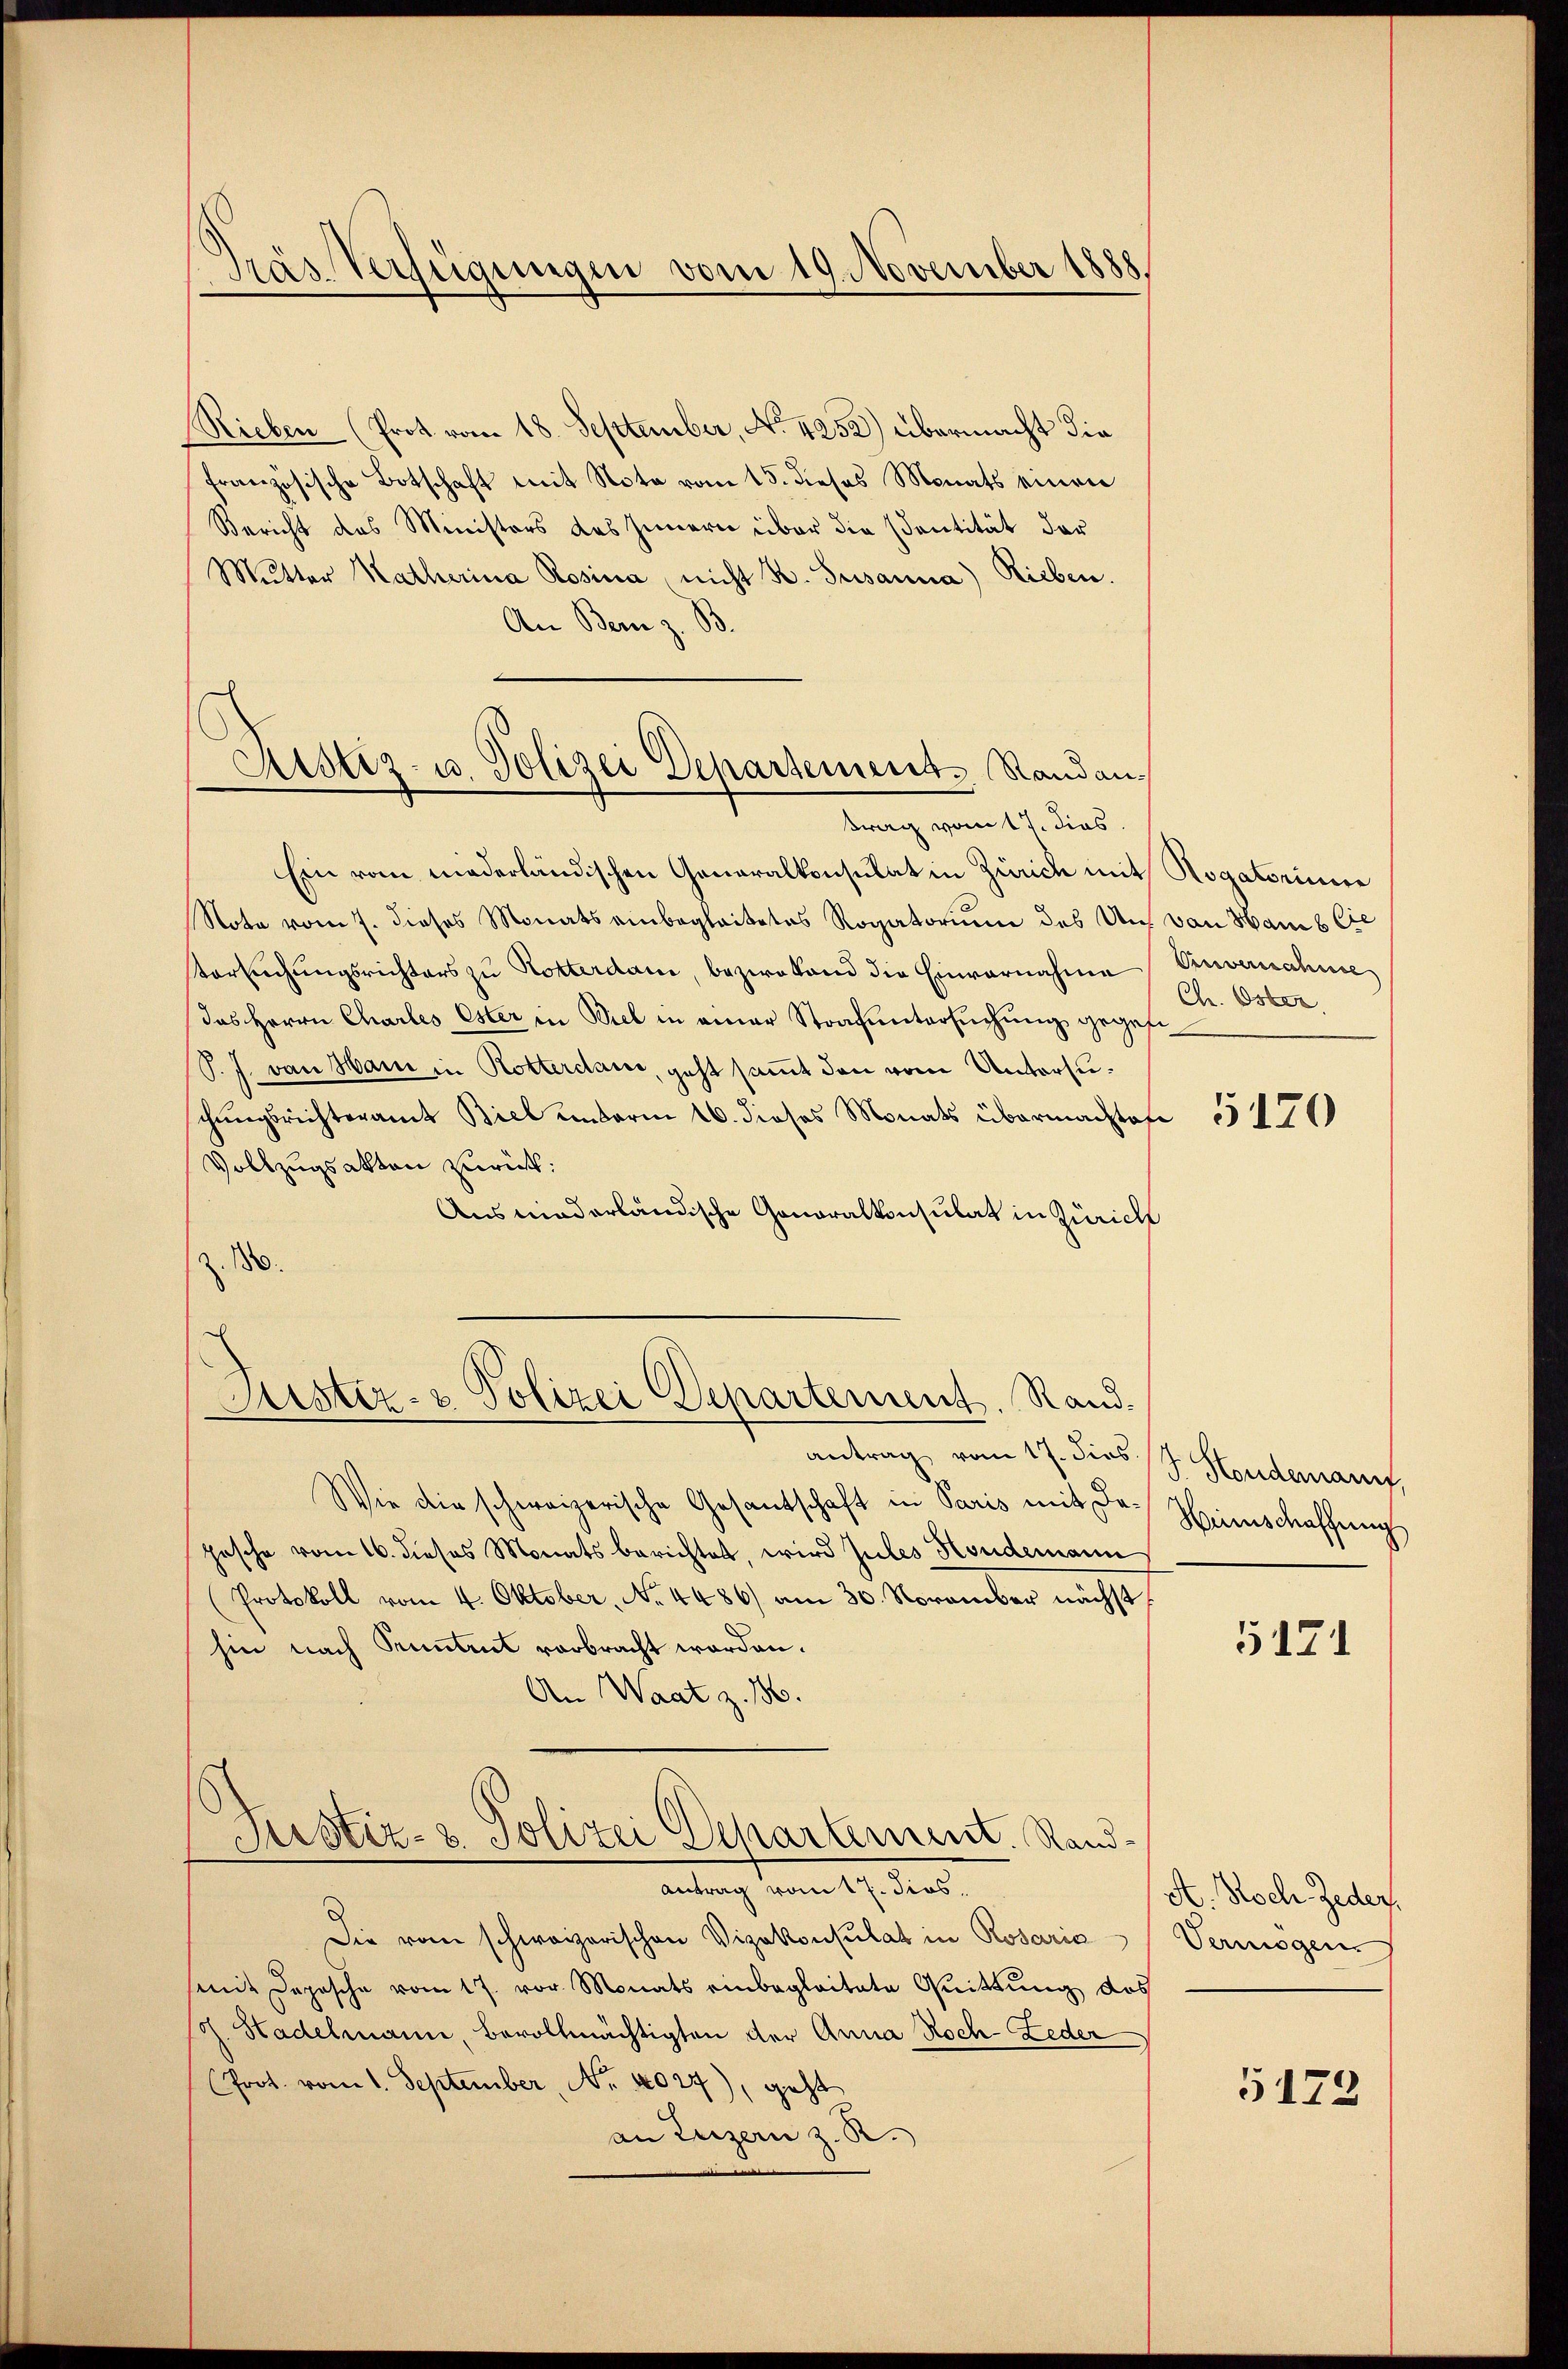
Präs. Verfügungen vom 19. November 1888.

Rieben (Prot vom 18. September, No. 4252) übermacht die
französische Botschaft mit Nota vom 15. dieses Monats einen
Bericht des Ministers des Innern über die Sentität der
Mŭtter Katherina Rosina nicht K. Susanna) Rieben.
An Bern z. B.
Ein vom niederländischen Generalkonsulat in Zürich mit Rogatorinne
Note vom 7. dieses Monats einbegleitetes Rogatorium des Uns von Hans lie
Versuchungsrichters zu Rotterdam, bezwakand die Einvernahme
das Herrn Charles Ester in Biel in einer Strafuntersuchung gegebe
P. J. von Mai in Rotterdan, geht sammt dann vom Untersuschungsrichteramt Biel unterm 16. dieses Monats übermachtof¬
Vollzugsakten zurück:
Ausmiederländische Gonoralkonsulat in Zürich
z. 180.
Fister- & Polizei Departement. Rand.
antrag vom 17. dies J. Handerauf,
Wie die schweizerische Gesandtschaft in Paris mit Depesche vom 16. dieses Monats berichtet, wird zules Hondemann
Protokoll vom 4. Oktober, No. 4486) am 30. November nächst
hin nach Kuntrut verbracht worden.
An Waat z. 16.
Justiz- & Polizei Departement. Rand¬
Antrag vom 17. dies
Die vom schweizerischen Vizekonsulat in Rosaris Vermögen.
(mit Depesche vom 17. vor. Monats einbegleitete Quittung des
soh. Hadelmann, bevollmächtigten der Anna Roch- Leder
(Prot. vom 1. September, No. 4027), geht
an Luzern z. R.

Justiz- u. Polizei Departement. Randantrag vom 17. dies

Ouvernahme
Ch. Oster

5120

Hinschaffung

5171

A. Roch. Jeder,

5173